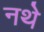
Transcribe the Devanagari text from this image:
नथे